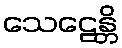
သေဠေန္တိ